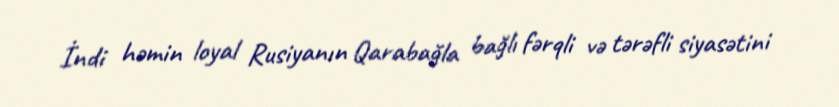
İndi həmin loyal Rusiyanın Qarabağla bağlı fərqli və tərəfli siyasətini